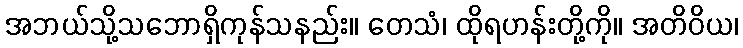
အဘယ်သို့သဘောရှိကုန်သနည်း။ တေသံ၊ ထိုရဟန်းတို့ကို။ အတိဝိယ၊